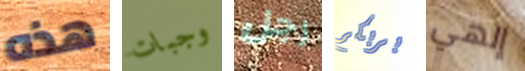
هذه وجبات رجل بربكم إلهي